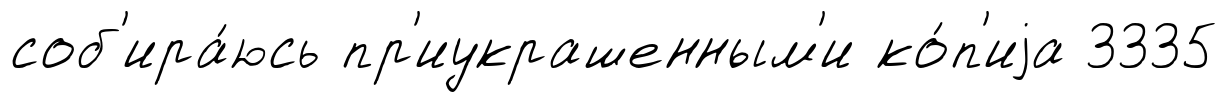
соб'ира́юсь пр'иукрашенным'и ко́п'иjа 3335